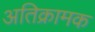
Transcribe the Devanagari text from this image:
अतिक्रामक